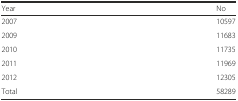
| Year | No |
 | --- | --- |
 | 2007 | 10597 |
 | 2009 | 11683 |
 | 2010 | 11735 |
 | 2011 | 11969 |
 | 2012 | 12305 |
 | Total | 58289 |